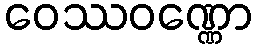
ဝေဿဝဏ္ဏော